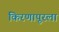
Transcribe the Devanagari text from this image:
किरणापूरला